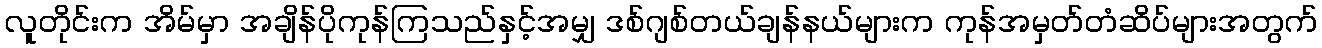
လူတိုင်းက အိမ်မှာ အချိန်ပိုကုန်ကြသည်နှင့်အမျှ ဒစ်ဂျစ်တယ်ချန်နယ်များက ကုန်အမှတ်တံဆိပ်များအတွက်